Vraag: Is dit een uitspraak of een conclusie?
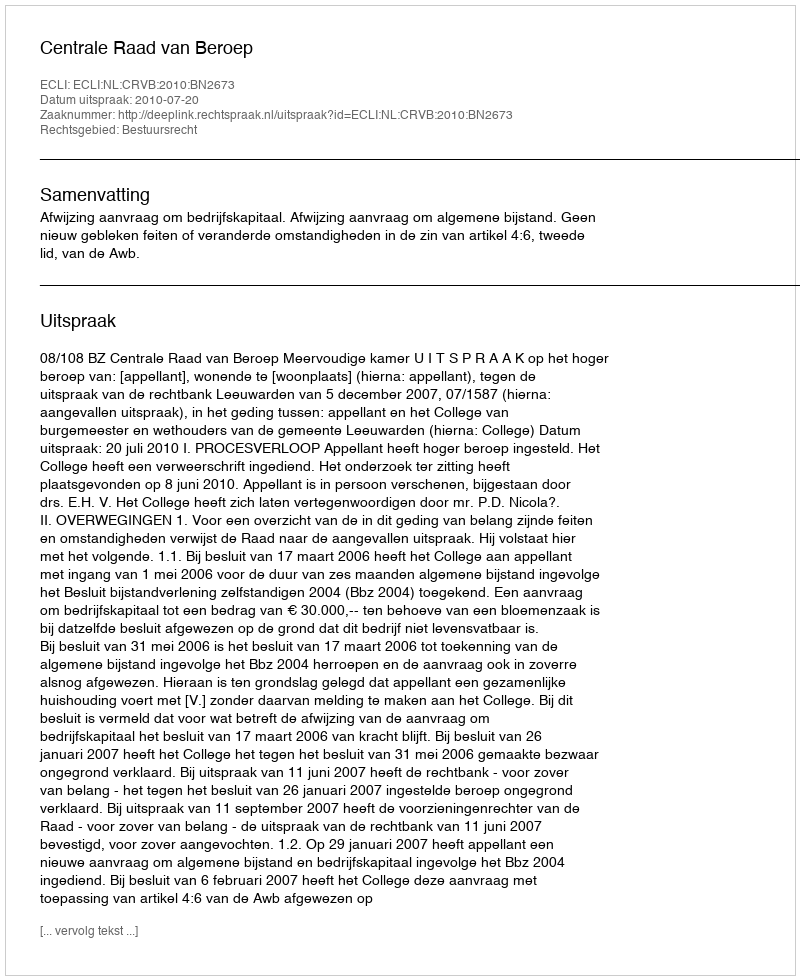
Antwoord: Uitspraak